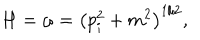
H = \omega = \left( { p } _ { i } ^ { 2 } + m ^ { 2 } \right) ^ { 1 / 2 } ,